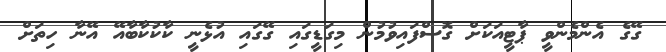
ގޭގެ އެންމެންވީ ޕާޓީއަކަށް ގޮސްފައިވުމުން މިގަޑީގައި ގޭގައި އުޅެނީ ކާކުކާބާއޭ އޭނާ ހިތަށް